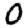
Digit: 0